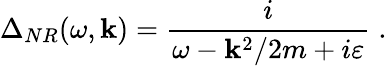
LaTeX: \Delta_{NR}(\omega,{\mathbf k})=\frac i{\omega-{\mathbf k}^{2}/2m+i\varepsilon}\; .